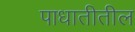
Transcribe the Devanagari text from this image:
पाधातीतील